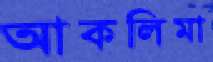
আকলিমা